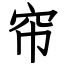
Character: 帘